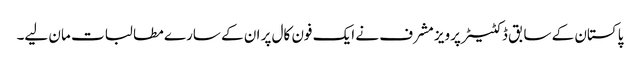
پاکستان کے سابق ڈکٹیٹر پرویز مشرف نے ایک فون کال پر ان کے سارے مطا لبات مان لیے۔